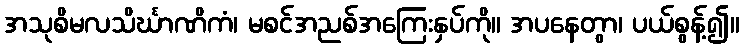
အသုစိမလသိင်္ဃာဏိကံ၊ မစင်အညစ်အကြေးနှပ်ကို။ အပနေတွာ၊ ပယ်စွန့်၍။